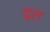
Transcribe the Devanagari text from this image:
द्रत